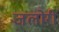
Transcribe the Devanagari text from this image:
जलोरी